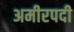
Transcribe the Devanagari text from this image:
अमीरपदी